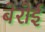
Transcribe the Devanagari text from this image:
बेरोई